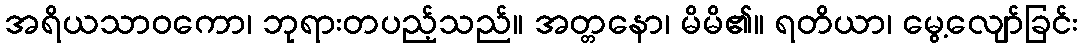
အရိယသာဝကော၊ ဘုရားတပည့်သည်။ အတ္တနော၊ မိမိ၏။ ရတိယာ၊ မွေ့လျော်ခြင်း